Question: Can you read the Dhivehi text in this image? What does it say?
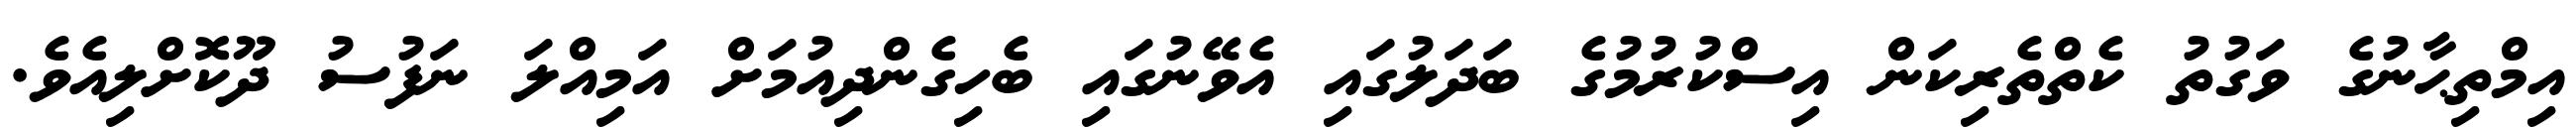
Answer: އިމްތިޙާނުގެ ވަގުތު ކެތްތެރިކަން އިސްކުރުމުގެ ބަދަލުގައި އެވޭނުގައި ބެހިގެންދިއުމަށް އަމިއްލަ ނަފުސު ދޫކޮށްލިއެވެ.